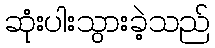
ဆုံးပါးသွားခဲ့သည်